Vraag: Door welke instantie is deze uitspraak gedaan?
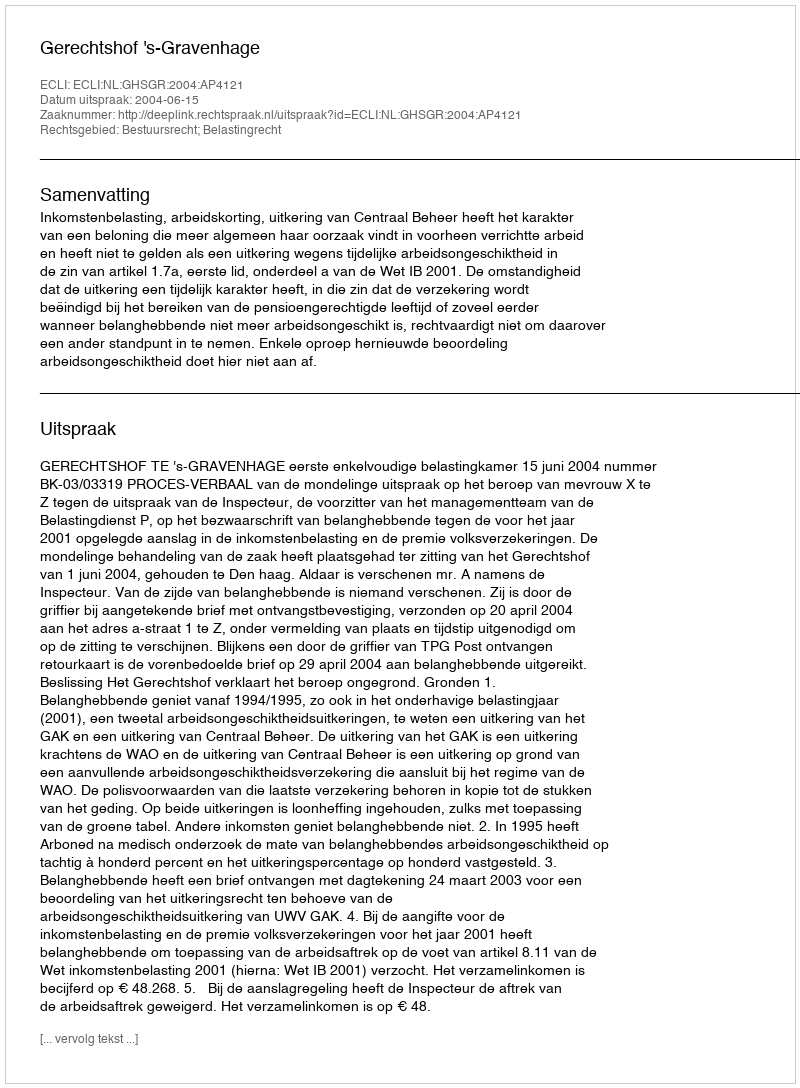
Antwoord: Gerechtshof 's-Gravenhage